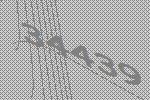
34439